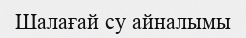
Шалағай су айналымы